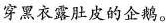
穿黑衣露肚皮的企鹅。